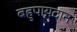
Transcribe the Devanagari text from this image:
बहुपायदान